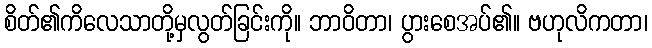
စိတ်၏ကိလေသာတို့မှလွတ်ခြင်းကို။ ဘာဝိတာ၊ ပွားစေအပ်၏။ ဗဟုလိကတာ၊